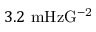
3 . 2 \ \mathrm { m H z G ^ { - 2 } }